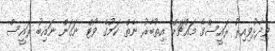
ވިދާޅުވިއިރު ރައީސްގެ މައްޗަށް އިތުބާރު ނެތް ކަމުގެ ވޯޓް ނަގަން ނައިބު ރައީސް